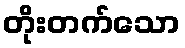
တိုးတက်သော